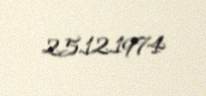
25.12.1974